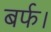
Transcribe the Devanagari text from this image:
बर्फ।